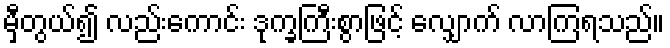
မှီတွယ်၍ လည်းကောင်း ဒုက္ခကြီးစွာဖြင့် လျှောက် လာကြရသည်။